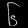
Digit: ၆